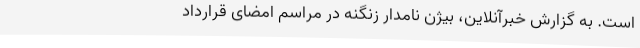
است. به گزارش خبرآنلاین، بیژن نامدار زنگنه در مراسم امضای قرارداد